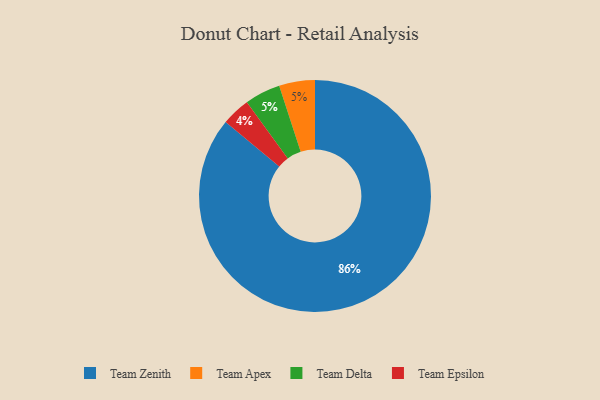
{"axis": {"x": "Category", "y": "Percentage"}, "legend": ["Team Apex", "Team Delta", "Team Epsilon", "Team Zenith"], "data": [{"x": "Team Zenith", "y": 86, "type": "Team Zenith"}, {"x": "Team Epsilon", "y": 4, "type": "Team Epsilon"}, {"x": "Team Apex", "y": 5, "type": "Team Apex"}, {"x": "Team Delta", "y": 5, "type": "Team Delta"}]}